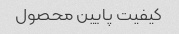
کیفیت پایین محصول